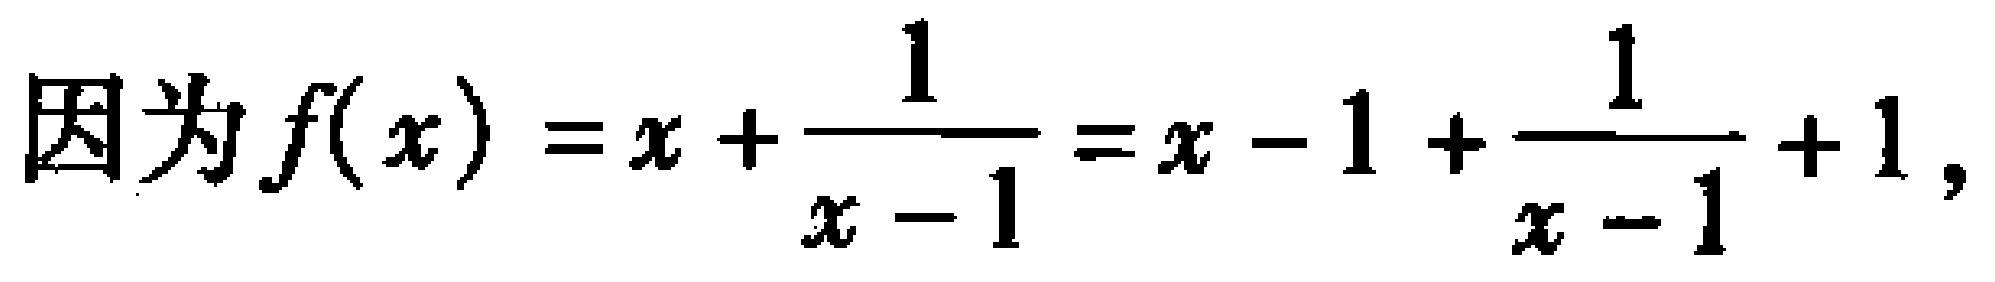
因为\(f(x)=x+\frac{1}{x - 1}=x - 1+\frac{1}{x - 1}+1\)，